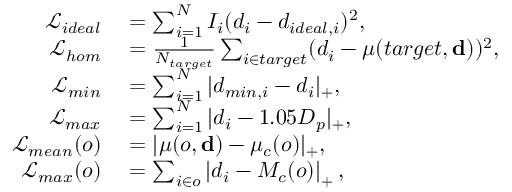
\begin{array} { r l } { \mathcal { L } _ { i d e a l } } & { { } = \sum _ { i = 1 } ^ { N } I _ { i } ( d _ { i } - d _ { i d e a l , i } ) ^ { 2 } , } \\ { \mathcal { L } _ { h o m } } & { { } = \frac { 1 } { N _ { t a r g e t } } \sum _ { i \in t a r g e t } ( d _ { i } - \mu ( t a r g e t , \mathbf { d } ) ) ^ { 2 } , } \\ { \mathcal { L } _ { m i n } } & { { } = \sum _ { i = 1 } ^ { N } | d _ { m i n , i } - d _ { i } | _ { + } , } \\ { \mathcal { L } _ { m a x } } & { { } = \sum _ { i = 1 } ^ { N } | d _ { i } - 1 . 0 5 D _ { p } | _ { + } , } \\ { \mathcal { L } _ { m e a n } ( o ) } & { { } = | \mu ( o , \mathbf { d } ) - \mu _ { c } ( o ) | _ { + } , } \\ { \mathcal { L } _ { m a x } ( o ) } & { { } = \sum _ { i \in o } \left| d _ { i } - M _ { c } ( o ) \right| _ { + } , } \end{array}